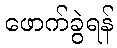
ဖောက်ခွဲရန်